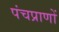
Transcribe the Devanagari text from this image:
पंचप्राणों